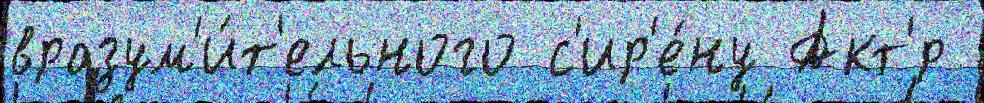
вразум'и́т'ельного с'ир'е́ну Акт'́р